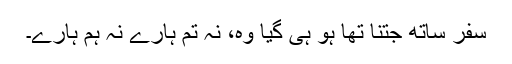
سفر ساتھ جتنا تھا ہو ہی گیا وہ، نہ تم ہارے نہ ہم ہارے۔